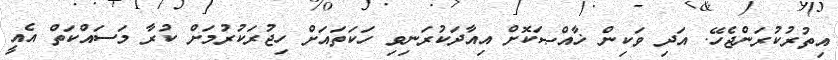
އިތުރުކުރަންޖެހޭ. އަދި ވަކިން ޚާއްޞަކޮށް އިއާދަކުރަނިވި ހަކަތައަށް ހިޖުރަކުރުމަށް ކުރާ މަސައްކަތް އެއީ